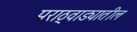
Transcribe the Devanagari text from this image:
मराठ्वाड्यातील